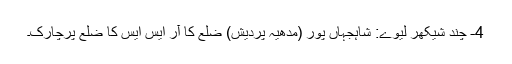
4- چند شیکھر لیوے: شاہجہاں پور (مدھیہ پردیش) ضلع کا آر ایس ایس کا ضلع پرچارک۔